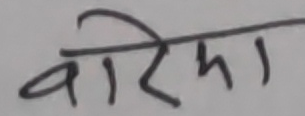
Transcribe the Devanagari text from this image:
वेरिमा